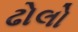
ઢોલો